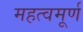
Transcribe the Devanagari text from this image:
महत्वमूर्ण